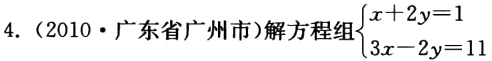
4.（2010·广东省广州市）解方程组\(\begin{cases}x + 2y = 1\\3x - 2y = 11\end{cases}\)